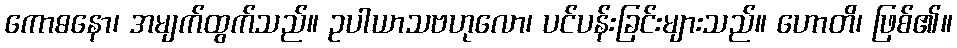
ကောဓနော၊ အမျက်ထွက်သည်။ ဥပါယာသဗဟုလော၊ ပင်ပန်းခြင်းများသည်။ ဟောတိ၊ ဖြစ်၏။